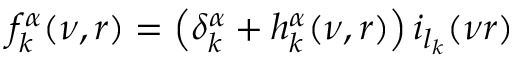
f _ { k } ^ { \alpha } ( \nu , r ) = \left( \delta _ { k } ^ { \alpha } + h _ { k } ^ { \alpha } ( \nu , r ) \right) i _ { l _ { k } } ( \nu r )